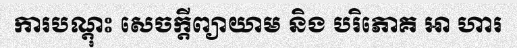
ការបណ្តុះ សេចក្តីព្យាយាម និង បរិភោគ ឤ ហារ